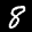
Label: 8